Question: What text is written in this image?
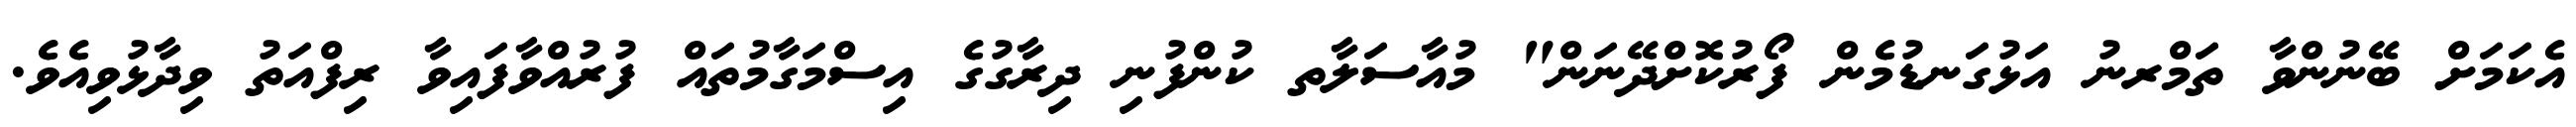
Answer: އެކަމަށް ބޭނުންވާ ތަމްރނު އަޅުގަނޑުމެން ފޯރުކޮށްދޭނަން" މުއާސަލާތ ކުންފުނި ދިރާގުގެ އިސްމަގާމުތައް ފުރުއްވާފައިވާ ރިފްއަތު ވިދާޅުވިއެވެ.